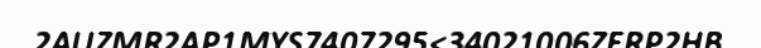
2AUZMR2AP1MYS7407295<34021006ZERP2HB